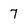
Character: 7